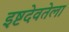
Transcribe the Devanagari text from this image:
इष्टदेवतेला